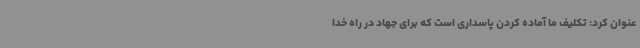
عنوان کرد: تکلیف ما آماده کردن پاسداری است که برای جهاد در راه خدا